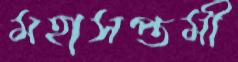
মহাসপ্তমী